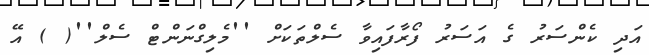
އަދި ކެންސަރު ގެ އަސަރު ފޯރާފައިވާ ސެލްތަކަށް ''މެލިގްނަންޓް ސެލް''( ) އޭ